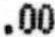
.00